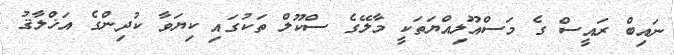
ނައިބް ރައީސް ގެ މަސްއޫލިއްޔަތަކީ މާލޭގެ ސްކޫލް ތަކުގައި ކިޔަވާ ކުދިންގެ އަޚްލާޤު